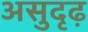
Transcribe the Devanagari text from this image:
असुदृढ़